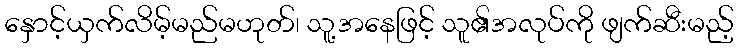
နှောင့်ယှက်လိမ့်မည်မဟုတ်၊ သူ့အနေဖြင့် သူ၏အလုပ်ကို ဖျက်ဆီးမည့်